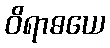
ဝိရာဓယေ